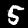
Label: 5